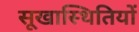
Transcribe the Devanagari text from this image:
सूखास्थितियों